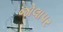
જોલાપર